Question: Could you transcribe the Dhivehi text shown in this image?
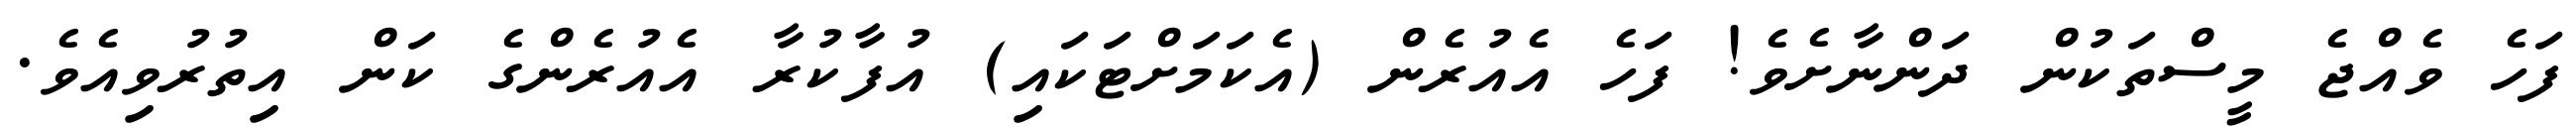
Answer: ފަހެ ވެއްޖެ މީސްތަކުން ދަންނާށެވެ! ފަހެ އެއުރެން (އެކަމަށްޓަކައި) އުފާކުރާ އެއުރެންގެ ކަން އިތުރުވިއެވެ.